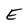
Character: E